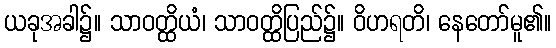
ယခုအခါ၌။ သာဝတ္ထိယံ၊ သာဝတ္ထိပြည်၌။ ဝိဟရတိ၊ နေတော်မူ၏။